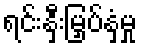
ရင်းနှီးမြှပ်နှံမှု